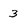
Character: 3